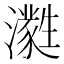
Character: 㶋